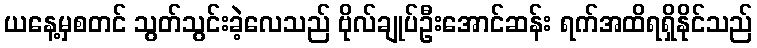
ယနေ့မှစတင် သွတ်သွင်းခဲ့လေသည် ဗိုလ်ချုပ်ဦးအောင်ဆန်း ရက်အထိရရှိနိုင်သည်